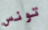
تونس